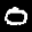
Label: 0